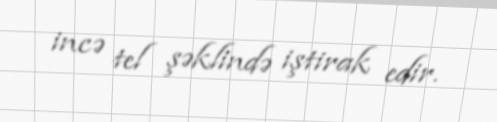
incə tel şəklində iştirak edir.